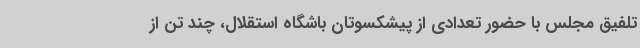
تلفیق مجلس با حضور تعدادی از پیشکسوتان باشگاه استقلال، چند تن از